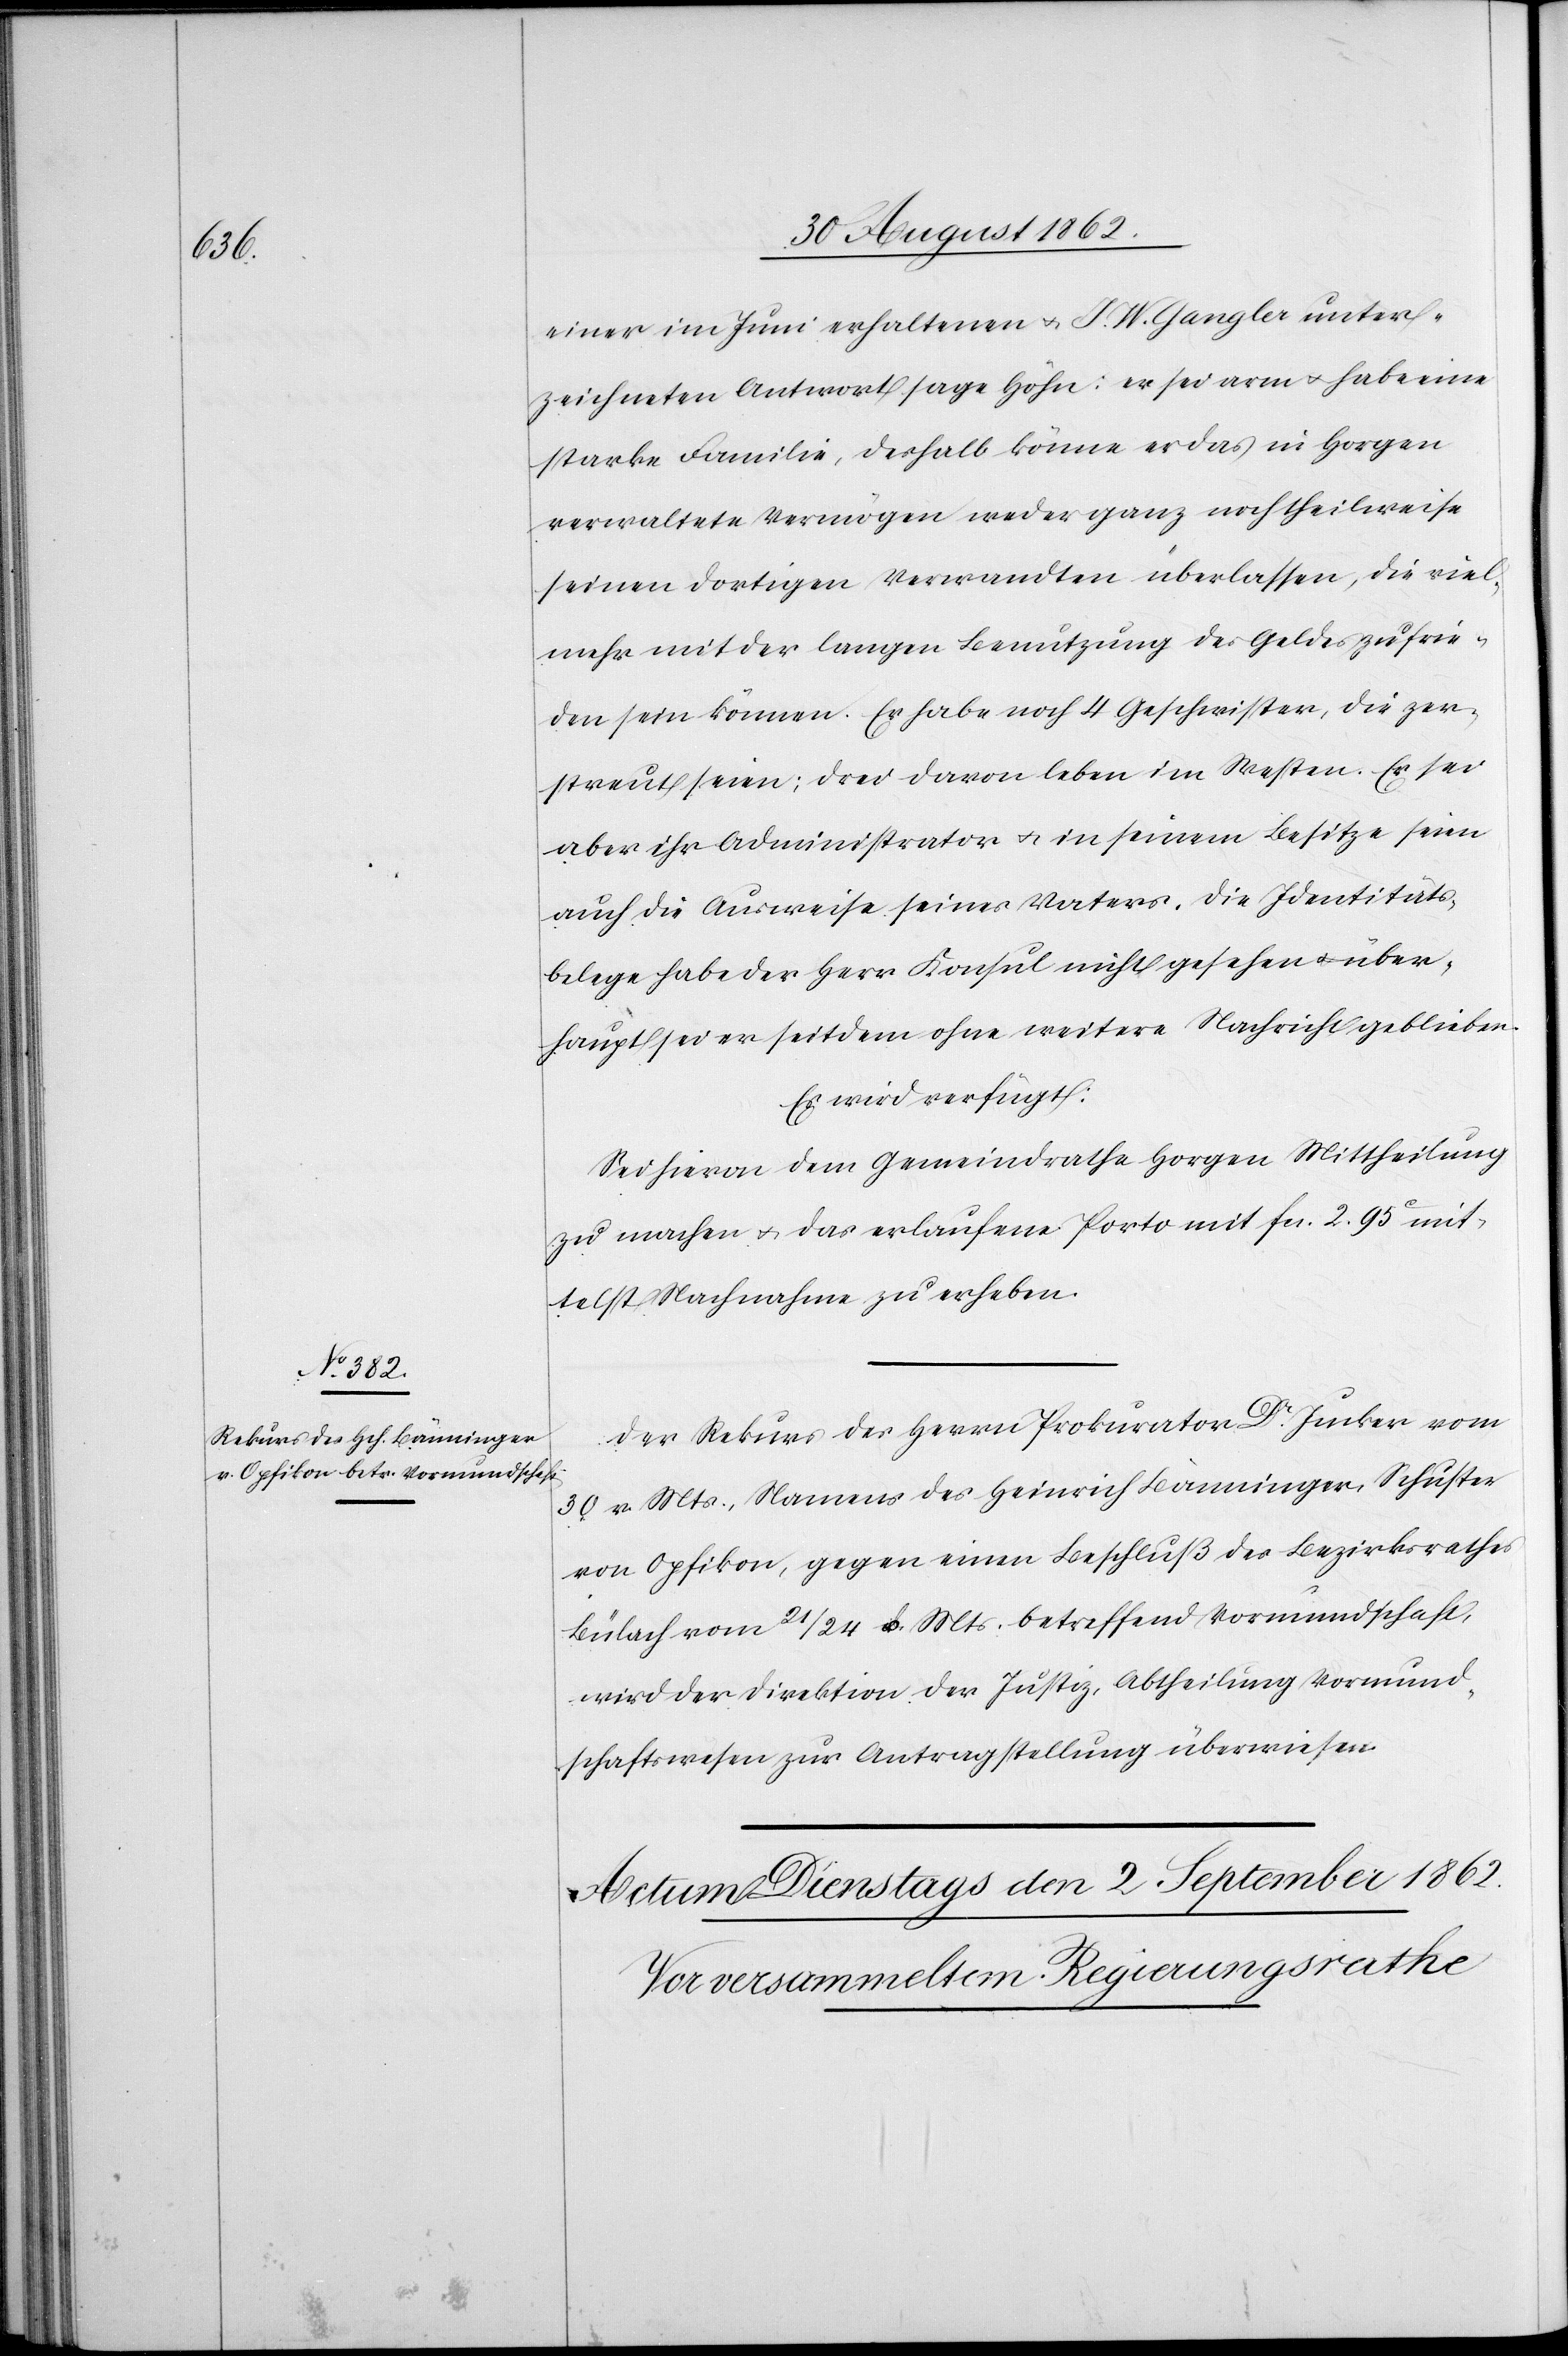
den 1.

1862.]

einer im Juni erhaltenen u. J. W. Gangler unter¬
zeichneten Antwort sage Höhn: er sei arm u. habe eine
starke Familie, deshalb könne er das in Horgen
verwaltete Vermögen weder ganz noch theilweise
seinen dortigen Verwandten überlassen, die viel¬
mehr mit der langen Benutzung des Geldes zufrie¬
den sein können. Er habe noch 4 Geschwister, die zer¬
streut seien; drei davon leben im Westen. Er sei
aber ihr Administrator u. in seinem Besitze seien
auch die Ausweise seines Vaters. Die Identitäts¬
belege habe der Herr Konsul nicht gesehen u. über¬
haupt sei er seitdem ohne weitere Nachricht geblieben.
Es wird verfügt:
Sei hievon dem Gemeindrathe Horgen Mittheilung
zu machen u. das erlaufene Porto mit fcs. 2. 95C mit¬
telst Nachnahme zu erheben.
Der Rekurs des Herrn Prokurator Dr. Jucker vom
30. v. Mts., Namens des Heinrich Bänninger, Schuster
von Opfikon, gegen einen Beschluß des Bezirksrathes
Bülach vom 21/24. d. Mts. betreffend Vormundschaft,
wird der Direktion der Justiz, Abtheilung Vormund¬
schaftswesen zur Antragstellung überwiesen.